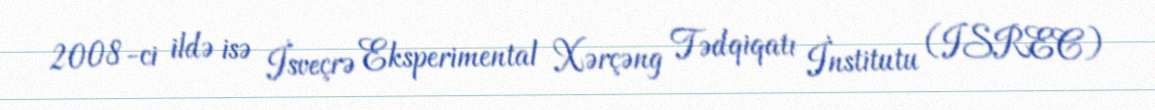
2008-ci ildə isə İsveçrə Eksperimental Xərçəng Tədqiqatı İnstitutu (ISREC)